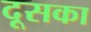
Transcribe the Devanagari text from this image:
दूसका